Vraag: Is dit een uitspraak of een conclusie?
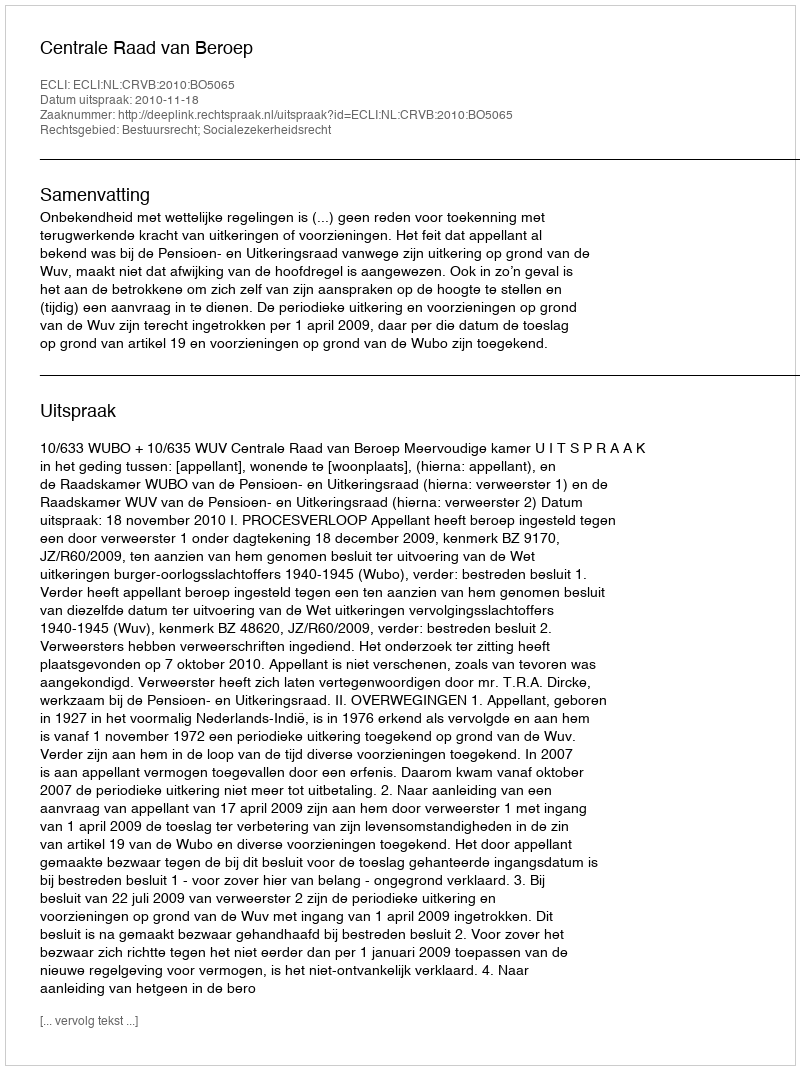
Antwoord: Uitspraak